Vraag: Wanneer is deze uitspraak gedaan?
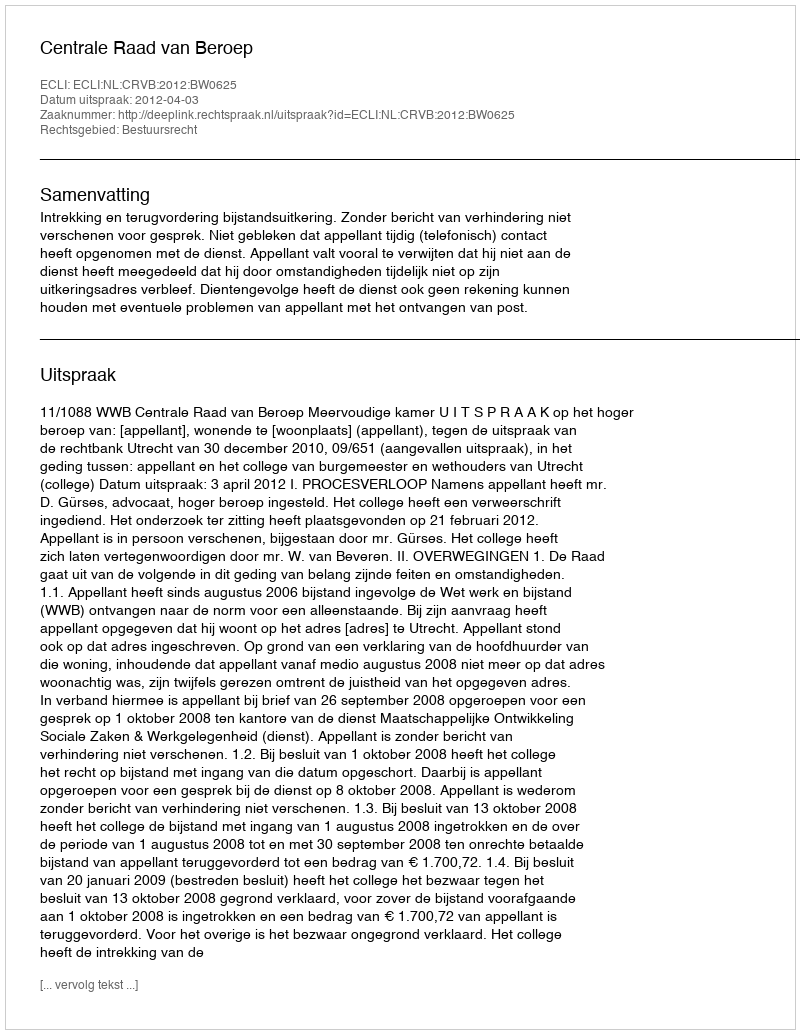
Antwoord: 2012-04-03